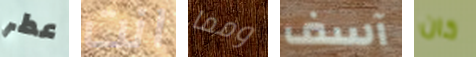
عطر انت ومما آسف كان